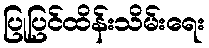
ပြုပြင်ထိန်းသိမ်းရေး